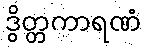
ဒွိတ္တကာရဏံ